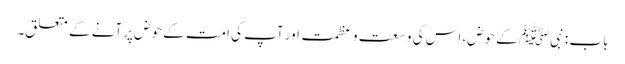
باب : نبیﷺ کے حوض، اس کی وسعت و عظمت اور آپ کی امت کے حوض پر آنے کے متعلق۔